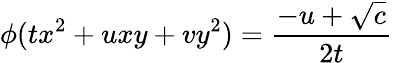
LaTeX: \phi(tx^{2}+uxy+vy^{2})={\frac{-u+{\sqrt{c}}}{2t}}